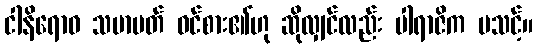
ငါနိရောဓ သမာပတ် ဝင်စား၏ဟု ဆိုလျှင်လည်း ပါရာဇိက မသင့်။